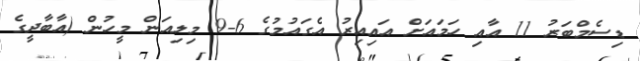
ޑިސެމްބަރު 11 އާއި ހަމައަށް އައިއިރު އެގައުމުގެ 6-9 މިލިއަން މީހުން (އާބާދީގެ